Code of medical and sanitary regulations for the guidance of medical officers serving in the Madras Presidency - Volume II
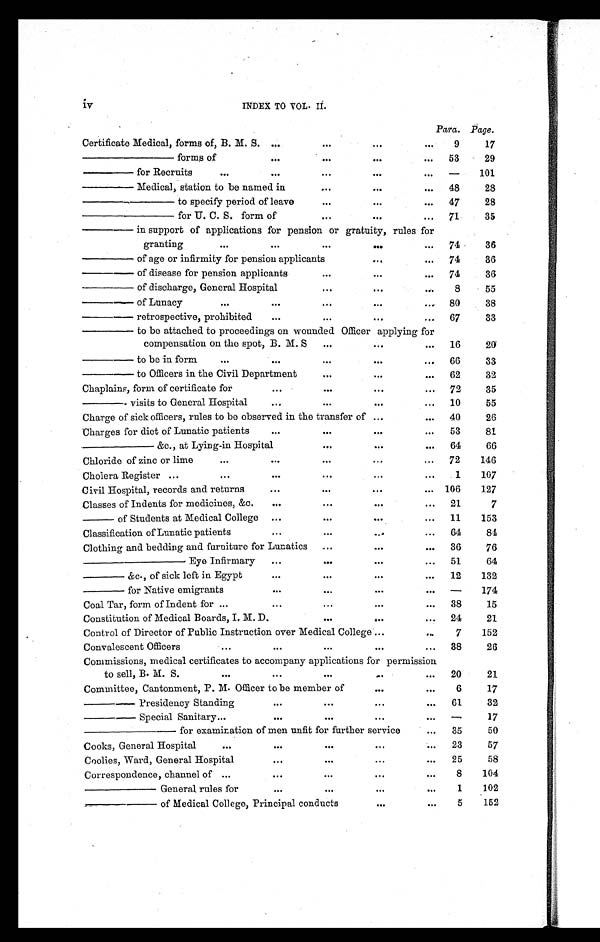
iv INDEX TO VOL. II.
Para. Page.
Certificate Medical, forms of, B. M. S. ...
. . .
. . .
. . . 9
17
— — — — f o r m s o f
. . .
...
. . .
... 53
29
— — — f o r R e c r u i t s . . .
. . .
. . .
. . .
. . .
— 101
———Medical, station to be named in
. . .
. . .
. . . 48
28
————— t o s p e c i f y p e r i o d o f l e a v e
...
...
. . . 47
28
————— for U. C. S. form of
...
. . .
... 71
35
———in support of applications for pension or gratuity, rules for
gr ant i ng
. . .
. . .
. . .
. . .
... 74
36
——— of age or infirmity for pension applicants
...
. . . 74
36
——— o f d i s e a s e f o r p e n s i o n a p p l i c a n t s
. . . ...
. . . 74
36
——— o f d i s c h a r g e , G e n e r a l H o s p i t a l
. . .
. . .
...
8
55
——— of Lunacy
. . .
. . .
. . .
. . .
. . . 80
38
——— retrospective, prohibited
. . .
...
...
... 67
33
——— to be attached to proceedings on wounded Officer applying for
compensation on the spot, B. M. S ...
. . .
... 16
20
— — — t o b e i n f o r m
. . .
. . .
. . .
. . .
... 66
33
— — — t o O f f i c e r s i n t h e C i v i l D e p a r t m e n t . . .
. . .
. . .
. . . 62
32
Chaplains, form of certificate for
...
. . .
. . .
... 72
35
—— visits to General Hospital
. . .
. . .
. . .
... 10
55
Charge of sick officers, rules to be observed in the transfer of ...
... 40
26
Charges for diet of Lunatic patients
...
. . .
. . .
... 53
81
———— &c., at Lying-in Hospital
. . .
. . .
... 64
66
Chloride of zinc or lime
...
. . .
. . . . . .
... 72
146
Cholera Register ...
. . . ...
. . . ...
...
1
107
Civil Hospital, records and returns
...
...
. . .
. . . 106
127
Classes of Indents for medicines, &c.
. . .
. . . ...
... 21
7
— of Students at Medical College ...
. . .
. . .
... 11
153
Classification of Lunatic patient
. . .
...
...
... 64
8 4
Clothing and bedding and furniture for Lunatics ...
...
... 36
76
—————— Eye Infirmary ...
...
. . .
... 51
64
——— &c., of sick left in Egypt
. . .
. . .
. . .
... 12
132
——— for Native emigrants
...
...
...
. . .
— 174
Coal Tar, form of Indent for ...
. . .
...
...
... 38
15
Constitution of Medical Boards, I. M. D.
. . . ...
. . . 24
21
Control of Director of Public Instruction over Medical College ...
. . .
7
152
Convalescent Officers
. . .
. . .
. . .
. . .
... 38
26
Commissions, medical certificates to accompany applications for permission
to sell, B. M. S.
. . .
. . .
. . .
. . .
. . . 20
21
Committee, Cantonment, P. M. Officer to be member of
. . .
. . . 6
17
— — — P r e s i d e n c y S t a n d i n g
. . .
. . .
. . .
. . . 61
32
— — — S p e c i a l S a n i t a r y
...
. . .
. . . ...
...
—
17
————— for examination of men unfit for further service
... 35
50
Cooks, General Hospital
. . .
. . .
. . .
. . .
. . . 23
57
Coolies, Ward, General Hospital
...
...
...
... 25
58
Correspondence, channel of . . .
. . .
...
. . .
...
8
104
————— General rules for
...
...
. . .
...
1
102
————— of Medical College, Principal conducts
. . .
...
5
152